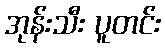
အုန်းသီး ပူတင်း